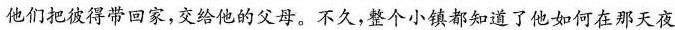
他们把彼得带回家，交给他的父母。不久，整个小镇都知道了他如何在那天夜